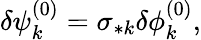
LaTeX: \begin{array}{r}{\delta\psi_{k}^{(0)}=\sigma_{*k}\delta\phi_{k}^{(0)},}\end{array}